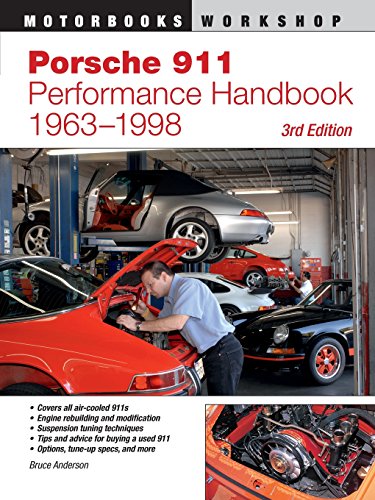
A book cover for Porsche 911 Performance Handbook, 1963-1998: 3rd Edition (Motorbooks Workshop); Bruce Anderson; Engineering & Transportation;